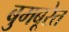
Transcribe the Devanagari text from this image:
बुमबूरेत